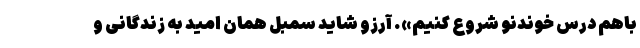
باهم درس خوندنو شروع کنیم». آرزو شاید سمبل همان امید به زندگانی و